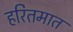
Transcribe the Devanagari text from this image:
हरितमात